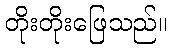
တိုးတိုးဖြေသည်။